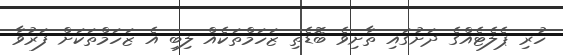
ހުރި ޕެލެޓެއްގެ ދަށުގައި ތާށިވެ ބޮޑެތި ޒަހަމްތަކެއް ލިބި އެ ޒަހަމްތަކަށް ފަރުވާ